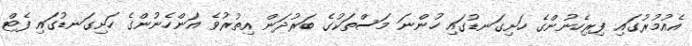
އެއުމުރުގައި ފިރިހެނުންގެ ހަށިގަނޑުގައި ހުންނަ މަސްތަކުގެ ބަރުދަން އިތުރުވެ އަންހެނުންގެ ހަށިގަނޑުގައި ފެޓް